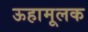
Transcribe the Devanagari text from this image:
ऊहामूलक